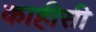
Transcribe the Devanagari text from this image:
काहीसी